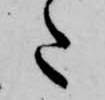
た